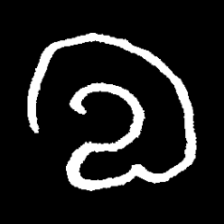
Pyu character \u2014 Myanmar letter: လ (romanized: la)